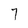
Character: 7